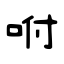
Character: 咐